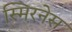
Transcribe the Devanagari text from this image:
स्मिरनेस